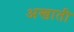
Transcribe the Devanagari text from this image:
अखाती